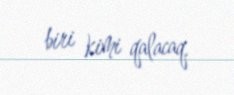
biri kimi qalacaq.